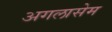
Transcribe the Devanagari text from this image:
अगलासेम